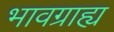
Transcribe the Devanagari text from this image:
भावग्राह्य